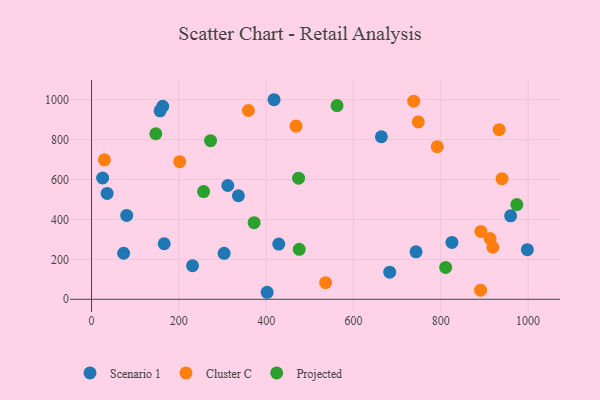
{"axis": {"x": "Experience", "y": "Demand"}, "legend": ["Cluster C", "Projected", "Scenario 1"], "data": [{"x": "428.8", "y": 276.6, "type": "Scenario 1"}, {"x": "683.0", "y": 136.0, "type": "Scenario 1"}, {"x": "157.0", "y": 944.5, "type": "Scenario 1"}, {"x": "312.1", "y": 570.0, "type": "Scenario 1"}, {"x": "303.7", "y": 230.3, "type": "Scenario 1"}, {"x": "163.0", "y": 966.9, "type": "Scenario 1"}, {"x": "25.4", "y": 607.7, "type": "Scenario 1"}, {"x": "418.1", "y": 999.9, "type": "Scenario 1"}, {"x": "35.7", "y": 530.6, "type": "Scenario 1"}, {"x": "959.9", "y": 418.2, "type": "Scenario 1"}, {"x": "663.9", "y": 814.4, "type": "Scenario 1"}, {"x": "998.3", "y": 248.8, "type": "Scenario 1"}, {"x": "80.6", "y": 420.0, "type": "Scenario 1"}, {"x": "402.3", "y": 35.1, "type": "Scenario 1"}, {"x": "825.5", "y": 284.8, "type": "Scenario 1"}, {"x": "166.4", "y": 278.3, "type": "Scenario 1"}, {"x": "336.4", "y": 518.7, "type": "Scenario 1"}, {"x": "73.5", "y": 230.7, "type": "Scenario 1"}, {"x": "231.3", "y": 167.9, "type": "Scenario 1"}, {"x": "743.3", "y": 238.0, "type": "Scenario 1"}, {"x": "919.4", "y": 260.8, "type": "Cluster C"}, {"x": "29.6", "y": 698.7, "type": "Cluster C"}, {"x": "891.1", "y": 45.4, "type": "Cluster C"}, {"x": "748.4", "y": 888.8, "type": "Cluster C"}, {"x": "468.4", "y": 867.9, "type": "Cluster C"}, {"x": "536.2", "y": 83.3, "type": "Cluster C"}, {"x": "891.8", "y": 340.1, "type": "Cluster C"}, {"x": "359.3", "y": 945.9, "type": "Cluster C"}, {"x": "913.0", "y": 304.0, "type": "Cluster C"}, {"x": "940.2", "y": 604.3, "type": "Cluster C"}, {"x": "791.8", "y": 764.5, "type": "Cluster C"}, {"x": "738.0", "y": 992.6, "type": "Cluster C"}, {"x": "933.7", "y": 849.6, "type": "Cluster C"}, {"x": "201.9", "y": 689.3, "type": "Cluster C"}, {"x": "147.2", "y": 829.3, "type": "Projected"}, {"x": "974.1", "y": 474.7, "type": "Projected"}, {"x": "256.7", "y": 539.7, "type": "Projected"}, {"x": "474.2", "y": 607.0, "type": "Projected"}, {"x": "272.6", "y": 794.9, "type": "Projected"}, {"x": "562.3", "y": 970.5, "type": "Projected"}, {"x": "811.1", "y": 159.7, "type": "Projected"}, {"x": "372.4", "y": 383.9, "type": "Projected"}, {"x": "475.7", "y": 250.2, "type": "Projected"}]}